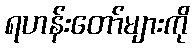
ရဟန်းတော်များကို